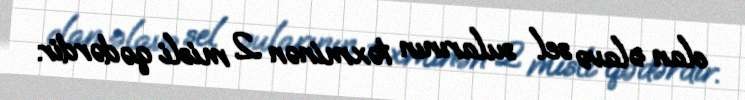
olan əlavə sel sularının təxminən 2 misli qədərdir.